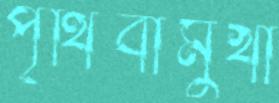
পৃথিবীমুখী